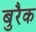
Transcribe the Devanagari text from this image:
बुरैक